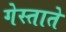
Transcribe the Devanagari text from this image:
गेस्ताते